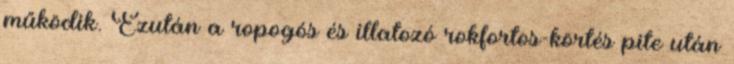
működik. Ezután a ropogós és illatozó rokfortos-körtés pite után